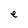
Character: e